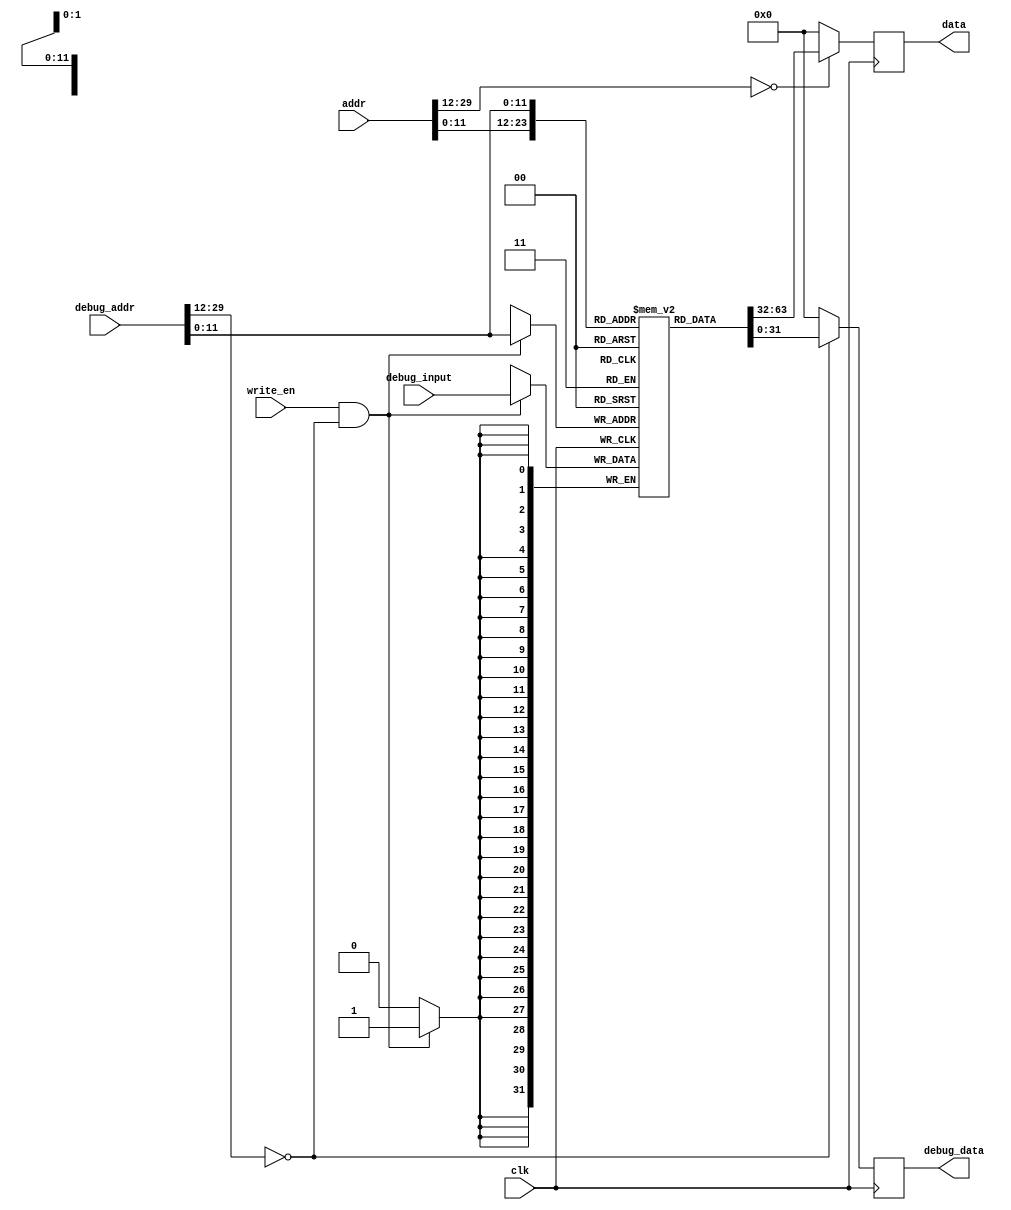
// asm file name: QuickSort.S
module InstructionCache(
    input wire clk,
    input wire write_en,
    input wire [31:2] addr, debug_addr,
    input wire [31:0] debug_input,
    output reg [31:0] data, debug_data
);

    // local variable
    wire addr_valid = (addr[31:14] == 18'h0);
    wire debug_addr_valid = (debug_addr[31:14] == 18'h0);
    wire [11:0] dealt_addr = addr[13:2];
    wire [11:0] dealt_debug_addr = debug_addr[13:2];
    // cache content
    reg [31:0] inst_cache[0:4095];


    initial begin
        data = 32'h0;
        debug_data = 32'h0;
        inst_cache[       0] = 32'h10004693;
        inst_cache[       1] = 32'h00001137;
        inst_cache[       2] = 32'h00004533;
        inst_cache[       3] = 32'h000045b3;
        inst_cache[       4] = 32'hfff68613;
        inst_cache[       5] = 32'h00261613;
        inst_cache[       6] = 32'h024000ef;
        inst_cache[       7] = 32'h00068293;
        inst_cache[       8] = 32'h00050313;
        inst_cache[       9] = 32'h00229293;
        inst_cache[      10] = 32'h00231313;
        inst_cache[      11] = 32'h00032383;
        inst_cache[      12] = 32'h00430313;
        inst_cache[      13] = 32'hfe534ce3;
        inst_cache[      14] = 32'h0000006f;
        inst_cache[      15] = 32'h0cc5da63;
        inst_cache[      16] = 32'h0005e333;
        inst_cache[      17] = 32'h000663b3;
        inst_cache[      18] = 32'h006502b3;
        inst_cache[      19] = 32'h0002a283;
        inst_cache[      20] = 32'h04735263;
        inst_cache[      21] = 32'h00750e33;
        inst_cache[      22] = 32'h000e2e03;
        inst_cache[      23] = 32'h005e4663;
        inst_cache[      24] = 32'hffc38393;
        inst_cache[      25] = 32'hfedff06f;
        inst_cache[      26] = 32'h00650eb3;
        inst_cache[      27] = 32'h01cea023;
        inst_cache[      28] = 32'h02735263;
        inst_cache[      29] = 32'h00650e33;
        inst_cache[      30] = 32'h000e2e03;
        inst_cache[      31] = 32'h01c2c663;
        inst_cache[      32] = 32'h00430313;
        inst_cache[      33] = 32'hfedff06f;
        inst_cache[      34] = 32'h00750eb3;
        inst_cache[      35] = 32'h01cea023;
        inst_cache[      36] = 32'hfc7340e3;
        inst_cache[      37] = 32'h00650eb3;
        inst_cache[      38] = 32'h005ea023;
        inst_cache[      39] = 32'hffc10113;
        inst_cache[      40] = 32'h00112023;
        inst_cache[      41] = 32'hffc10113;
        inst_cache[      42] = 32'h00b12023;
        inst_cache[      43] = 32'hffc10113;
        inst_cache[      44] = 32'h00c12023;
        inst_cache[      45] = 32'hffc10113;
        inst_cache[      46] = 32'h00612023;
        inst_cache[      47] = 32'hffc30613;
        inst_cache[      48] = 32'hf7dff0ef;
        inst_cache[      49] = 32'h00012303;
        inst_cache[      50] = 32'h00410113;
        inst_cache[      51] = 32'h00012603;
        inst_cache[      52] = 32'h00410113;
        inst_cache[      53] = 32'h00012583;
        inst_cache[      54] = 32'hffc10113;
        inst_cache[      55] = 32'h00c12023;
        inst_cache[      56] = 32'hffc10113;
        inst_cache[      57] = 32'h00612023;
        inst_cache[      58] = 32'h00430593;
        inst_cache[      59] = 32'hf51ff0ef;
        inst_cache[      60] = 32'h00012303;
        inst_cache[      61] = 32'h00410113;
        inst_cache[      62] = 32'h00012603;
        inst_cache[      63] = 32'h00410113;
        inst_cache[      64] = 32'h00012583;
        inst_cache[      65] = 32'h00410113;
        inst_cache[      66] = 32'h00012083;
        inst_cache[      67] = 32'h00410113;
        inst_cache[      68] = 32'h00008067;
end

    always@(posedge clk)
    begin
        data <= addr_valid ? inst_cache[dealt_addr] : 32'h0;
        debug_data <= debug_addr_valid ? inst_cache[dealt_debug_addr] : 32'h0;
        if(write_en & debug_addr_valid) 
            inst_cache[dealt_debug_addr] <= debug_input;
    end

endmodule